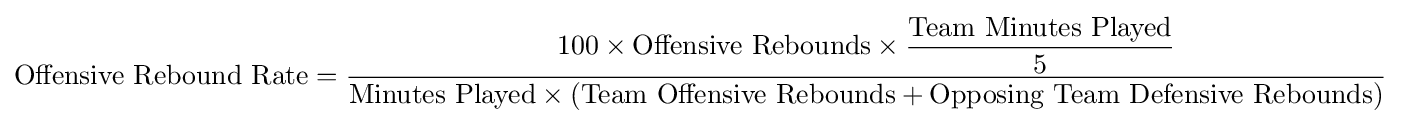
{\text{Offensive Rebound Rate}}={\dfrac {100\times {\text{Offensive Rebounds}}\times {\dfrac {\text{Team Minutes Played}}{5}}}{{\text{Minutes Played}}\times \left({\text{Team Offensive Rebounds}}+{\text{Opposing Team Defensive Rebounds}}\right)}}